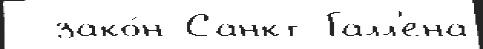
  зако́н Санкт-Галл'ена